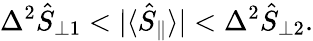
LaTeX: \Delta^{2}\hat{S}_{\perp 1}<|\langle\hat{S}_{\parallel}\rangle|<\Delta^{2}\hat{S}_{\perp 2}.